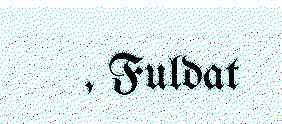
, Fuldat